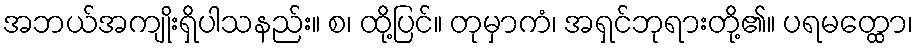
အဘယ်အကျိုးရှိပါသနည်း။ စ၊ ထို့ပြင်။ တုမှာကံ၊ အရှင်ဘုရားတို့၏။ ပရမတ္ထော၊